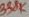
Text: 330K